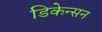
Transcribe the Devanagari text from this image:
डिकेन्सन